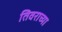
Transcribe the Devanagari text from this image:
तिवराच्या